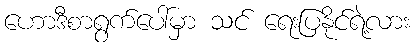
ဟောဒီစာရွက်ပေါ်မှာ သင် ရေးပြနိုင်ရဲ့လား